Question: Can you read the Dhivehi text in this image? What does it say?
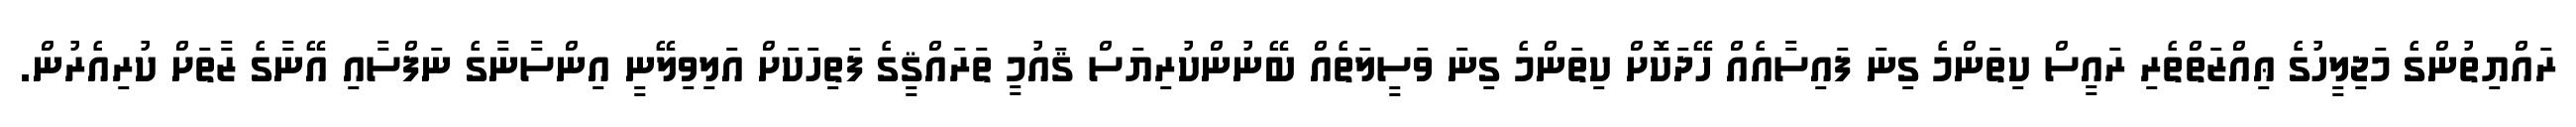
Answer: ރައްޔިތުންގެ މަޖިލީހުގެ ޢިއްޒަތްތެރި ރައީސް ކިތަންމެ ގިނަ ފައިސާއެއް ހޭދަކޮށް ކިތަންމެ ގިނަ ވަސީލަތެއް ބޭނުންކުރިޔަސް ޤައުމީ ތަރައްޤީގެ ފަތިހަކަށް އަލިވިލޭނީ އިންސާނާގެ ނަފްސާއި އޭނާގެ ޒާތަށް ކުރިއެރުން.